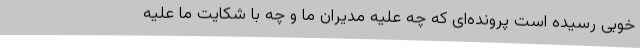
خوبی رسیده است پرونده‌ای که چه علیه مدیران ما و چه با شکایت ما علیه